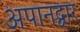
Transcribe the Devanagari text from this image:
अपानद्वार